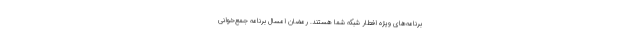
برنامه‌های ویژه افطار شبکه شما هستند. رمضان امسال برنامه جمع‌خوانی